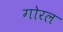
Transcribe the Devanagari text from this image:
गोरल